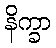
နိက္ခာ